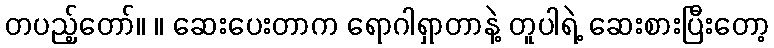
တပည့်တော်။ ။ ဆေးပေးတာက ရောဂါရှာတာနဲ့ တူပါရဲ့ ဆေးစားပြီးတော့